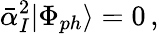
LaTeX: \bar{\alpha}_{I}^{2}|\Phi_{ph}\rangle=0\, ,